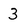
Character: 3